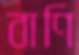
বাণি